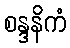
စန္ဒနိကံ